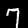
Digit: 7